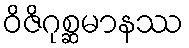
ဝိဇိဂုစ္ဆမာနဿ